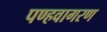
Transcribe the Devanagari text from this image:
पण्हवागरण